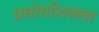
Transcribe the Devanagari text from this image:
प्रयोगशिलता